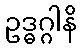
ဥဒ္ဓဂ္ဂါနိ